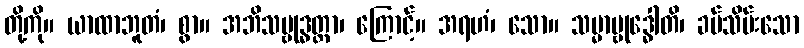
တို့ကို။ ယာထာဘူတံ၊ စွာ။ အဘိသမ္ဗုဒ္ဓတ္တာ၊ ကြောင့်။ အရဟံ၊ သော။ သမ္မာမ္ဗုဒ္ဓေါတိ၊ ခပ်သိမ်းသော